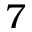
7